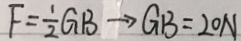
F = \frac { 1 } { 2 } G B \rightarrow G B = 2 0 N